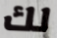
لك